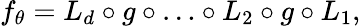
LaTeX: f_{\theta}=L_{d}\circ g\circ\ldots\circ L_{2}\circ g\circ L_{1},